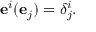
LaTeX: \mathbf { e } ^ { i } ( \mathbf { e } _ { j } ) = \delta _ { j } ^ { i } .